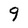
Character: 9